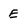
Character: E